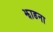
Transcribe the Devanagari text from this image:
झाडना